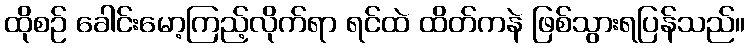
ထိုစဉ် ခေါင်းမော့ကြည့်လိုက်ရာ ရင်ထဲ ထိတ်ကနဲ ဖြစ်သွားရပြန်သည်။